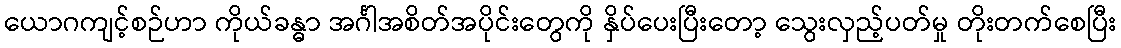
ယောဂကျင့်စဉ်ဟာ ကိုယ်ခန္ဓာ အင်္ဂါအစိတ်အပိုင်းတွေကို နှိပ်ပေးပြီးတော့ သွေးလှည့်ပတ်မှု တိုးတက်စေပြီး